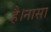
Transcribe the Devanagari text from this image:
है।नासा